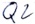
Text: Q2